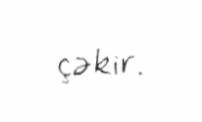
çəkir.